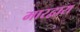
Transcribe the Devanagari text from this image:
मारद्वारा